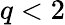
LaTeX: q<2